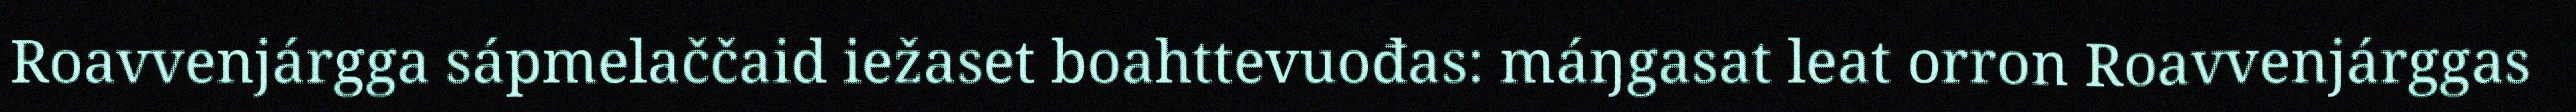
Roavvenjárgga sápmelaččaid iežaset boahttevuođas: máŋgasat leat orron Roavvenjárggas